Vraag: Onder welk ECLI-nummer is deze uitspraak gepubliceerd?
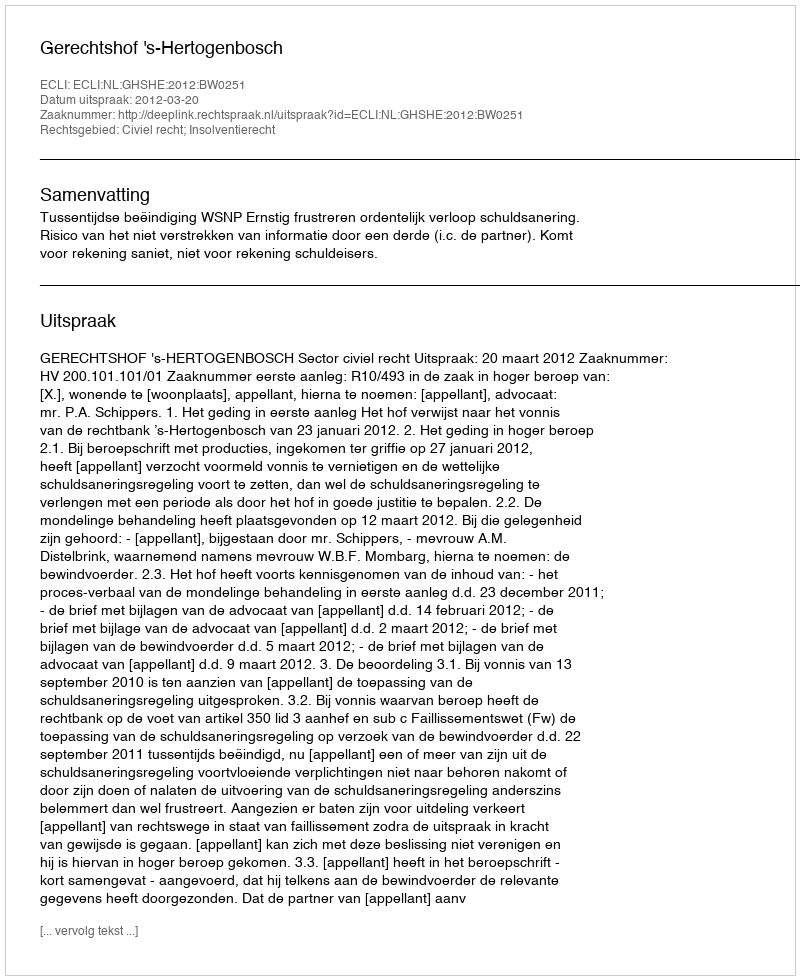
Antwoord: ECLI:NL:GHSHE:2012:BW0251